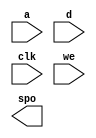
module RAM_A(
  a,
  d,
  clk,
  we,
  spo
);

input [10 : 0] a;
input [31 : 0] d;
input clk;
input we;
output [31 : 0] spo;

// synthesis translate_off

  DIST_MEM_GEN_V7_2 #(
    .C_ADDR_WIDTH(11),
    .C_DEFAULT_DATA("0"),
    .C_DEPTH(2048),
    .C_FAMILY("spartan6"),
    .C_HAS_CLK(1),
    .C_HAS_D(1),
    .C_HAS_DPO(0),
    .C_HAS_DPRA(0),
    .C_HAS_I_CE(0),
    .C_HAS_QDPO(0),
    .C_HAS_QDPO_CE(0),
    .C_HAS_QDPO_CLK(0),
    .C_HAS_QDPO_RST(0),
    .C_HAS_QDPO_SRST(0),
    .C_HAS_QSPO(0),
    .C_HAS_QSPO_CE(0),
    .C_HAS_QSPO_RST(0),
    .C_HAS_QSPO_SRST(0),
    .C_HAS_SPO(1),
    .C_HAS_SPRA(0),
    .C_HAS_WE(1),
    .C_MEM_INIT_FILE("no_coe_file_loaded"),
    .C_MEM_TYPE(1),
    .C_PARSER_TYPE(1),
    .C_PIPELINE_STAGES(0),
    .C_QCE_JOINED(0),
    .C_QUALIFY_WE(0),
    .C_READ_MIF(0),
    .C_REG_A_D_INPUTS(0),
    .C_REG_DPRA_INPUT(0),
    .C_SYNC_ENABLE(1),
    .C_WIDTH(32)
  )
  inst (
    .A(a),
    .D(d),
    .CLK(clk),
    .WE(we),
    .SPO(spo),
    .DPRA(),
    .SPRA(),
    .I_CE(),
    .QSPO_CE(),
    .QDPO_CE(),
    .QDPO_CLK(),
    .QSPO_RST(),
    .QDPO_RST(),
    .QSPO_SRST(),
    .QDPO_SRST(),
    .DPO(),
    .QSPO(),
    .QDPO()
  );

// synthesis translate_on

endmodule